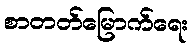
စာတတ်မြောက်ရေး